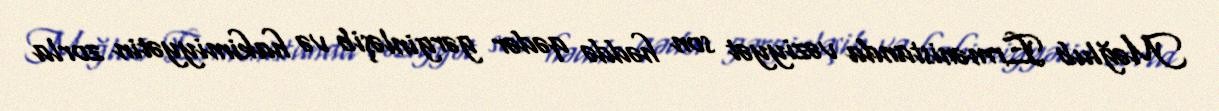
Məğlub Ermənistanda vəziyyət son həddə qədər gərginləşib və hakimiyyətin zorla